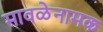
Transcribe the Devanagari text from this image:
मावळेनामक